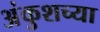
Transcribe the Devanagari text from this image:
अंकुशच्या